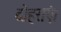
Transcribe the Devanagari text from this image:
दोहराएं।